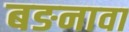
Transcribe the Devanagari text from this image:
बङनावा